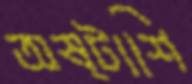
অষ্টাশি